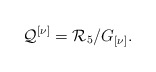
\begin{align*}{\cal Q}^{\left[ \nu \right] }={\cal R}_{5}/G_{\left[ \nu \right] }.\end{align*}